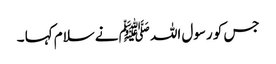
جس کو رسول اللہ ﷺ نے سلام کہا ۔